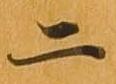
二